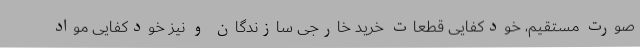
صورت مستقیم، خودکفایی قطعات خرید خارجی سازندگان و نیز خودکفایی مواد